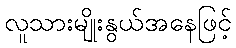
လူသားမျိုးနွယ်အနေဖြင့်